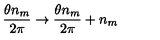
\frac { \theta n _ { m } } { 2 \pi } \rightarrow \frac { \theta n _ { m } } { 2 \pi } + n _ { m }